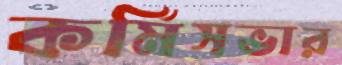
কর্মিসভার